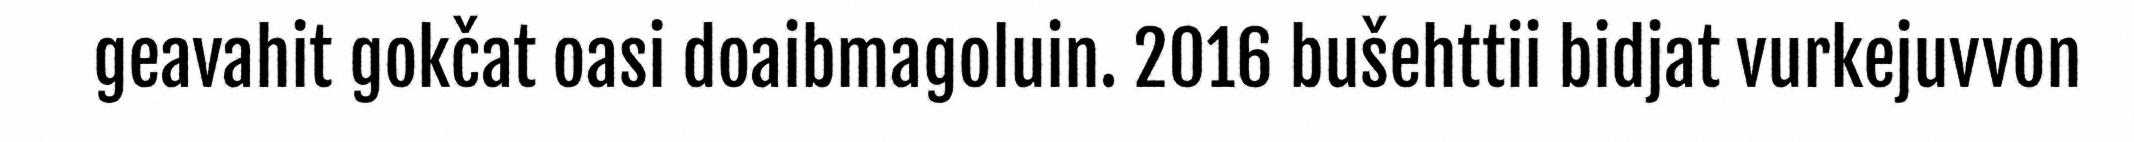
geavahit gokčat oasi doaibmagoluin. 2016 bušehttii bidjat vurkejuvvon